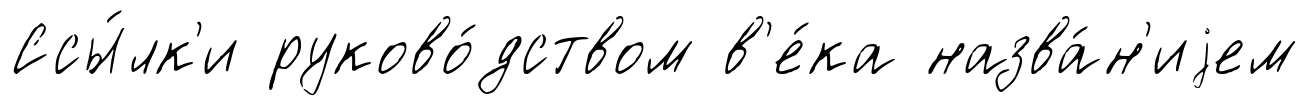
Ссы́лк'и руково́дством в'е́ка назва́н'иjем